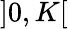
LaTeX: ]0,K[